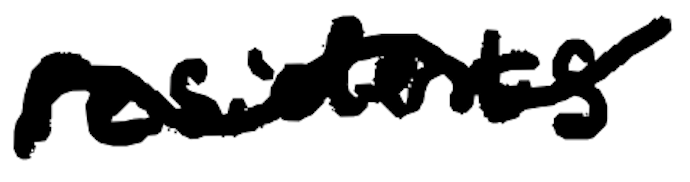
Text: residents
Cross-out: wave
Writing tool: digital_black